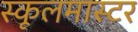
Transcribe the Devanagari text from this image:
स्कूलमास्टर